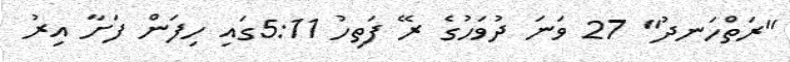
"ރަތްހަނދު" 27 ވަނަ ދުވަހުގެ ރޭ ފަތިހު 5:11ގައި ހިފަން ފަށާ އިރު